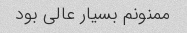
ممنونم بسیار عالی بود